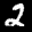
Label: 2